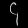
Digit: ၄